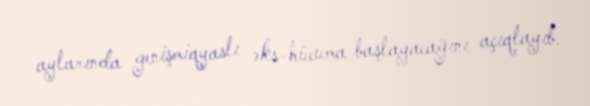
aylarında genişmiqyaslı əks-hücuma başlayacağını açıqlayıb.